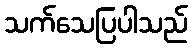
သက်သေပြပါသည်